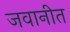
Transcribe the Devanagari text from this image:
जवानीत